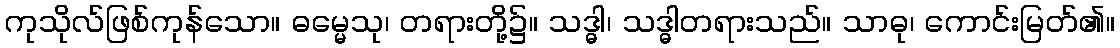
ကုသိုလ်ဖြစ်ကုန်သော။ ဓမ္မေသု၊ တရားတို့၌။ သဒ္ဓါ၊ သဒ္ဓါတရားသည်။ သာဓု၊ ကောင်းမြတ်၏။